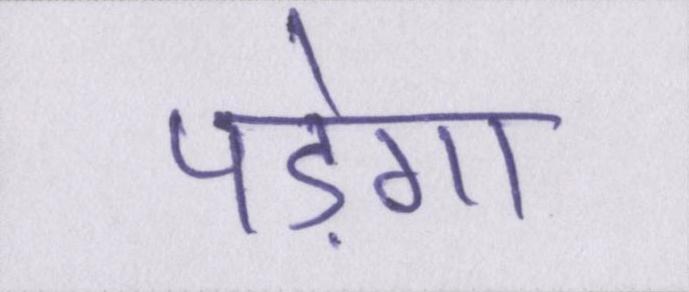
पड़ेगा